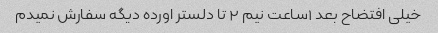
خیلی افتضاح بعد ۱ساعت نیم ۲ تا دلستر اورده دیگه سفارش نمیدم